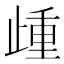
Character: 歱